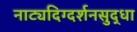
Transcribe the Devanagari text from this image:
नाट्यदिग्दर्शनसुद्धा